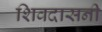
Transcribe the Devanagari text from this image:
शिवदासनी